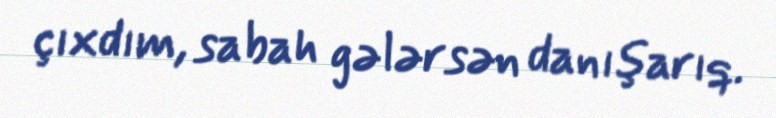
çıxdım, sabah gələrsən danışarıq.